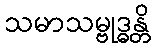
သမာသမ္ဗုဒ္ဓန္တိ